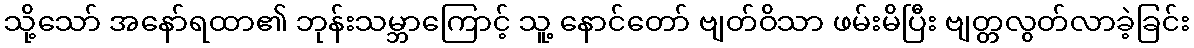
သို့သော် အနော်ရထာ၏ ဘုန်းသမ္ဘာကြောင့် သူ့ နောင်တော် ဗျတ်ဝိသာ ဖမ်းမိပြီး ဗျတ္တလွတ်လာခဲ့ခြင်း